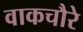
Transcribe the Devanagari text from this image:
वाकचौरे